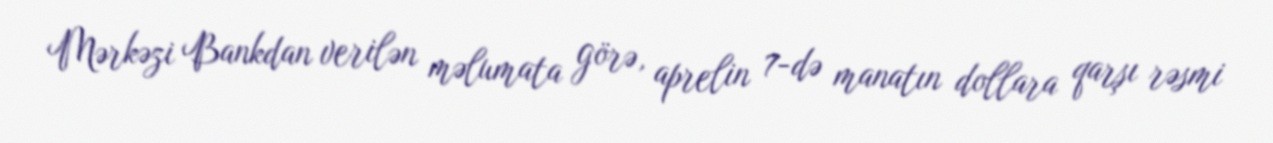
Mərkəzi Bankdan verilən məlumata görə, aprelin 7-də manatın dollara qarşı rəsmi